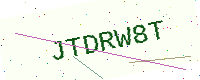
Text: JTDRW8T